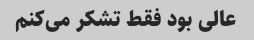
عالی بود فقط تشکر می‌کنم